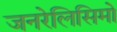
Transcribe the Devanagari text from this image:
जनरेलिसिमो